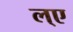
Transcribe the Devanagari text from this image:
ल्ए